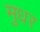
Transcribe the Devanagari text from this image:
मुधर